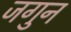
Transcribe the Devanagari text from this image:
जगुन